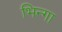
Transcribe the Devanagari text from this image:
भिन्गा